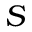
S